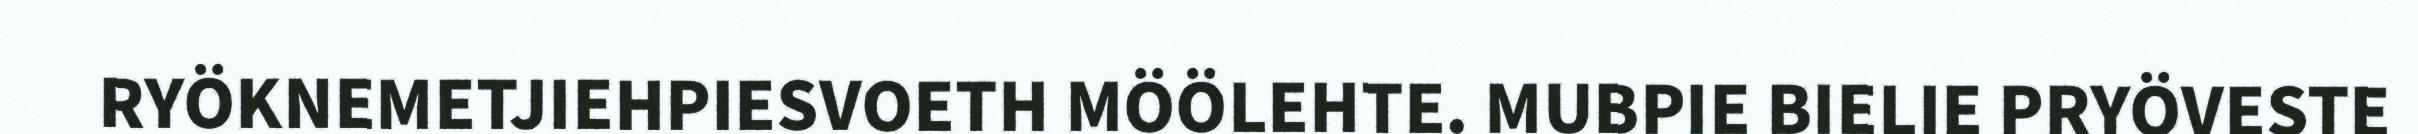
RYÖKNEMETJIEHPIESVOETH MÖÖLEHTE. MUBPIE BIELIE PRYÖVESTE